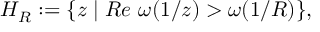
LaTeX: H _ { R } : = \{ z \mid R e \ \omega ( 1 / z ) > \omega ( 1 / R ) \} ,